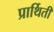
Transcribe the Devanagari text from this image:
प्रार्थिती